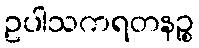
ဥပါသကရတနဉ္စ